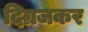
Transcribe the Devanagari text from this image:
दिग्रजकर